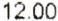
12.00